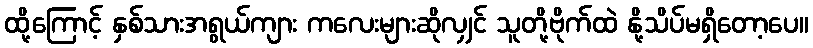
ထို့ကြောင့် နှစ်သားအရွယ်ကျား ကလေးများဆိုလျှင် သူတို့ဗိုက်ထဲ နို့သိပ်မရှိတော့ပေ။